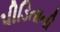
પીડિતાની